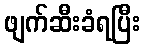
ဖျက်ဆီးခံရပြီး